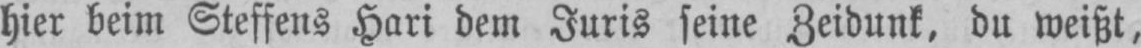
hier beim Steffens Hari dem Juris seine Zeidunk, du weißt,